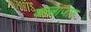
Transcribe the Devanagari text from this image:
कालाजाम